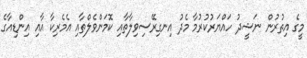
މީގެ އިތުރުން ނަޝީދު ހައްޔަރުކުރުމާ މެދު އިނގިރޭސިވިލާތާއި ކޮމަންވެލްތާއި އެމެރިކާ އާއި އިންޑިއާގެ